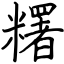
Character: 糬